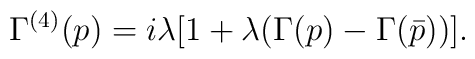
\Gamma^{(4)}(p)=i\lambda[1+\lambda(\Gamma(p)-\Gamma(\bar p))].